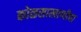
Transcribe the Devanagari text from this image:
कोळसाखाणीचा